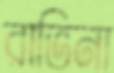
রাভিনা